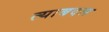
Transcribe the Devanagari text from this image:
त्याबदल